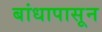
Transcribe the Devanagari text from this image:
बांधापासून